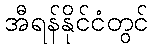
အီရန်နိုင်ငံတွင်